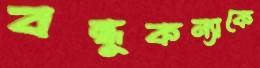
বন্ধুকন্যাকে